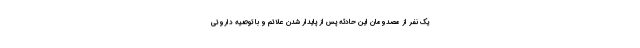
یک نفر از مصدومان این حادثه پس از پایدار شدن علائم و با توصیه داروئی